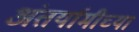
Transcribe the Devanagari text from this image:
अंतर्यामीच्या